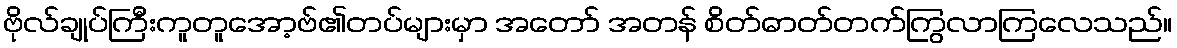
ဗိုလ်ချုပ်ကြီးကူတူအော့ဗ်၏တပ်များမှာ အတော် အတန် စိတ်ဓာတ်တက်ကြွလာကြလေသည်။